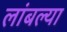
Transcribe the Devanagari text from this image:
लांबल्या